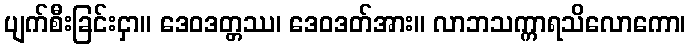
ပျက်စီးခြင်းငှာ။ ဒေဝဒတ္တဿ၊ ဒေဝဒတ်အား။ လာဘသက္ကာရသိလောကော၊